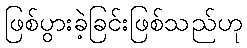
ဖြစ်ပွားခဲ့ခြင်းဖြစ်သည်ဟု